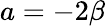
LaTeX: a=-2\beta